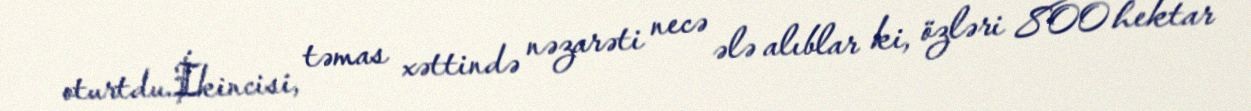
oturtdu.İkincisi, təmas xəttində nəzarəti necə ələ alıblar ki, özləri 800 hektar